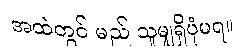
အထဲတွင် မည် သူမျှရှိပုံမရ။